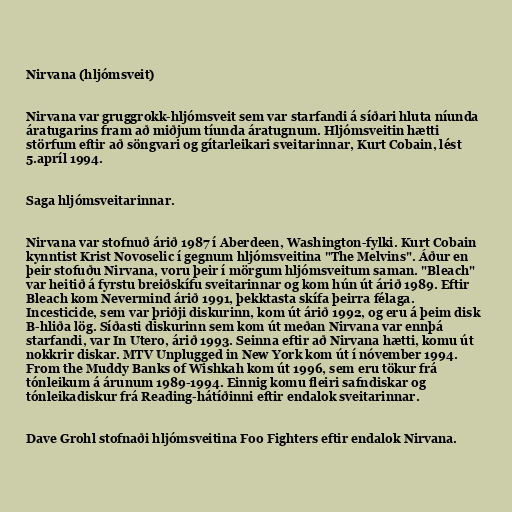
Nirvana (hljómsveit)

Nirvana var gruggrokk-hljómsveit sem var starfandi á síðari hluta níunda
áratugarins fram að miðjum tíunda áratugnum. Hljómsveitin hætti
störfum eftir að söngvari og gítarleikari sveitarinnar, Kurt Cobain, lést
5.apríl 1994.

Saga hljómsveitarinnar.

Nirvana var stofnuð árið 1987 í Aberdeen, Washington-fylki. Kurt Cobain
kynntist Krist Novoselic í gegnum hljómsveitina "The Melvins". Áður en
þeir stofuðu Nirvana, voru þeir í mörgum hljómsveitum saman. "Bleach"
var heitið á fyrstu breiðskífu sveitarinnar og kom hún út árið 1989. Eftir
Bleach kom Nevermind árið 1991, þekktasta skífa þeirra félaga.
Incesticide, sem var þriðji diskurinn, kom út árið 1992, og eru á þeim disk
B-hliða lög. Síðasti diskurinn sem kom út meðan Nirvana var ennþá
starfandi, var In Utero, árið 1993. Seinna eftir að Nirvana hætti, komu út
nokkrir diskar. MTV Unplugged in New York kom út í nóvember 1994.
From the Muddy Banks of Wishkah kom út 1996, sem eru tökur frá
tónleikum á árunum 1989-1994. Einnig komu fleiri safndiskar og
tónleikadiskur frá Reading-hátíðinni eftir endalok sveitarinnar.

Dave Grohl stofnaði hljómsveitina Foo Fighters eftir endalok Nirvana.